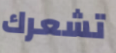
تشعرك